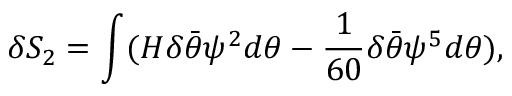
\delta S _ { 2 } = \int ( { \cal H } \delta \bar { \theta } \psi ^ { 2 } d \theta - { \frac { 1 } { 6 0 } } \delta \bar { \theta } \psi ^ { 5 } d \theta ) ,